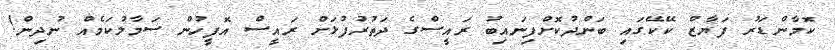
ކޮމާންޑަރު ފަޔާޒް ކޭކޭގައި ބަންދުކޮށްފިނައިބު ރައީސްގެ ދަތުރުފުޅަށް ރައީސް އޮފީހުން ސަމާލުކަމެއް ނުދިން!